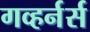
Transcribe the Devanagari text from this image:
गव्हर्नर्स